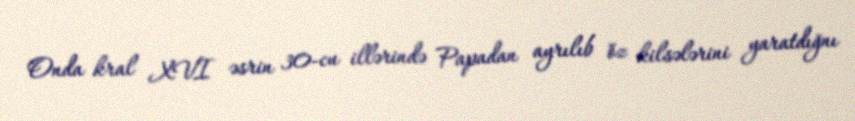
Onda kral XVI əsrin 30-cu illərində Papadan ayrılıb öz kilsələrini yaratdığnı